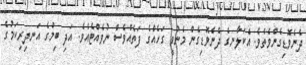
ދެނެވޮޑިގެންވެތެވެ. އެކަލާނގެ ދެނެވޮޑިގެން މެނުވީ ގަހެއްގެ ފަތެއްވެސް ނުވެއްޓެއެވެ. އަދި ބިމުގެ އަނދިރިކަމުގެ